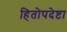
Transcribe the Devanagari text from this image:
हितोपदेष्टा